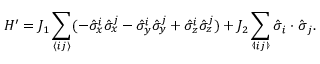
H ^ { \prime } = J _ { 1 } \sum _ { \langle i j \rangle } ( - \hat { \sigma } _ { x } ^ { i } \hat { \sigma } _ { x } ^ { j } - \hat { \sigma } _ { y } ^ { i } \hat { \sigma } _ { y } ^ { j } + \hat { \sigma } _ { z } ^ { i } \hat { \sigma } _ { z } ^ { j } ) + J _ { 2 } \sum _ { \llangle i j \rrangle } \hat { \boldsymbol { \sigma } } _ { i } \cdot \hat { \boldsymbol { \sigma } } _ { j } .